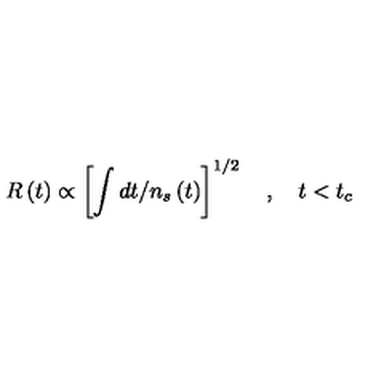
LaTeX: R \left( t \right) \propto \left[ \int d t / n _ { s } \left( t \right) \right] ^ { 1 / 2 } \quad , \quad t < t _ { c }